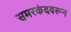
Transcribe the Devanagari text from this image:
समरकंदवरून